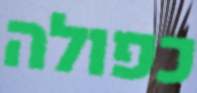
כפולה